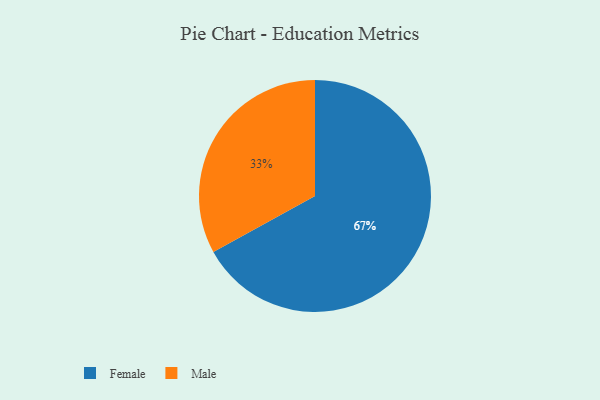
{"axis": {"x": "Category", "y": "Percentage"}, "legend": ["Female", "Male"], "data": [{"x": "Male", "y": 33, "type": "Male"}, {"x": "Female", "y": 67, "type": "Female"}]}